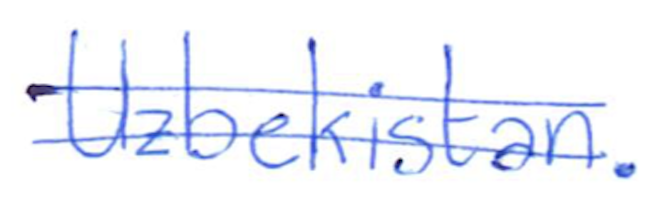
Text: Uzbekistan.
Cross-out: double-line
Writing tool: ballpoint